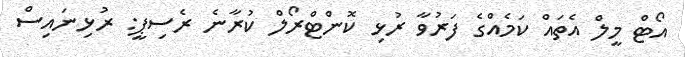
އޯޓް މީލް އެތައް ކަމެއްގެ ފަރުވާ ރުޅި ކޮންޓްރޯލް ކުރާނެ ރެސިޕީ: ރުޅިނައިސް